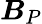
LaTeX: \boldsymbol{B}_{P}